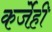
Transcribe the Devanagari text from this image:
कर्जेही